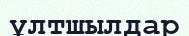
ұлтшылдар